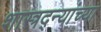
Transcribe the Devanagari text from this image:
शास्त्रद्न्यांच्या